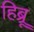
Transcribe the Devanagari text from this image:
हिब्र्रू